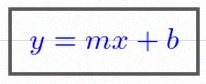
y=mx+b